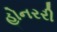
હોનરરી